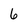
Character: 6